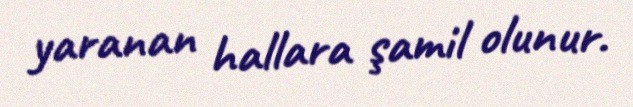
yaranan hallara şamil olunur.